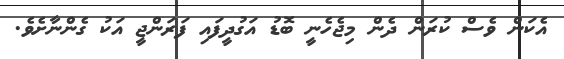
އެކަން ވެސް ކުރަން ދެން މިޖެހެނީ ބޮޑު އަގުދީފައި ފަރަންޖީ އަކު ގެންނާށެވެ.